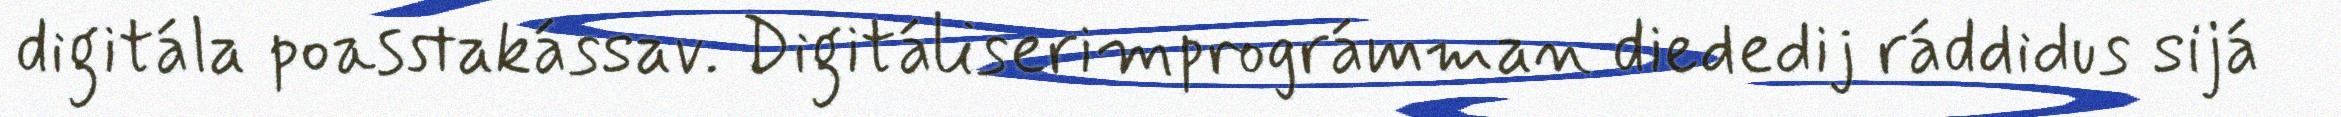
digitála poasstakássav. Digitáliserimprográmman diededij ráddidus sijá